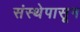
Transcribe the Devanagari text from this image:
संस्थेपासून